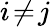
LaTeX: i\! \neq\! j